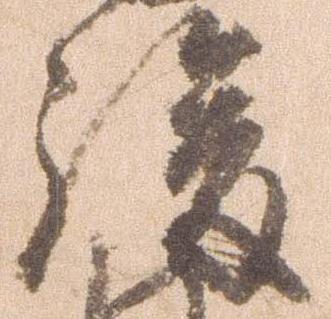
後